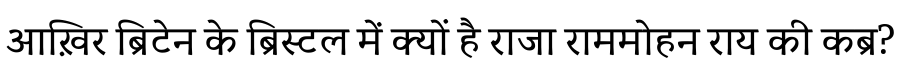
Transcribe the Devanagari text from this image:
आख़िर ब्रिटेन के ब्रिस्टल में क्यों है राजा राममोहन राय की कब्र?